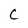
Character: C